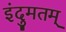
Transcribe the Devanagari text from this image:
इंदुमतम्